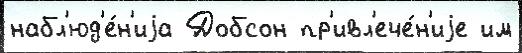
набл'юд'е́н'иjа Добсон пр'ивл'ече́н'иjе им